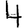
Digit: 4